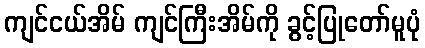
ကျင်ငယ်အိမ် ကျင်ကြီးအိမ်ကို ခွင့်ပြုတော်မူပုံ